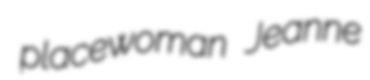
placewoman Jeanne